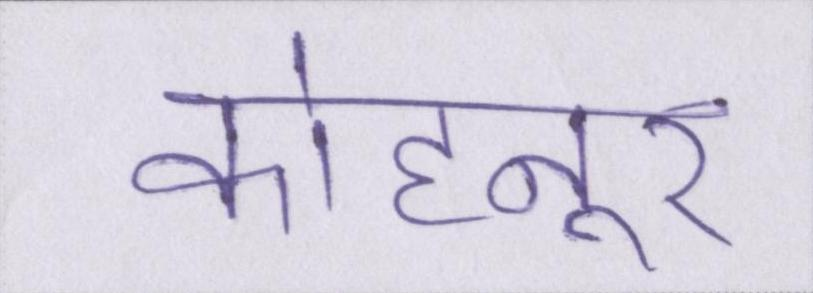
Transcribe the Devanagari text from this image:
कोहनूर